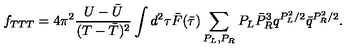
f _ { T T T } = 4 \pi ^ { 2 } \frac { U - { \bar { U } } } { ( T - { \bar { T } } ) ^ { 2 } } \int d ^ { 2 } \tau { \bar { F } } ( { \bar { \tau } } ) \sum _ { P _ { L } , P _ { R } } P _ { L } { \bar { P } } _ { R } ^ { 3 } q ^ { P _ { L } ^ { 2 } / 2 } { \bar { q } } ^ { P _ { R } ^ { 2 } / 2 } .